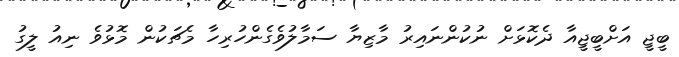
ބީޖީ އަށްބީޖީއާ ދެކޮޅަށް ނުކުންނައިރު މާޒިޔާ ސަމާލުވެގެންހުރިހާ މެޗަކުން މޮޅުވެ ނިއު ލީގު